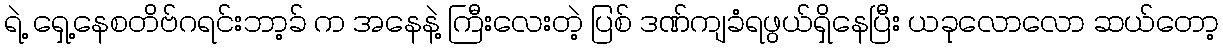
ရဲ့ ရှေ့နေစတိဗ်ဂရင်းဘာ့ခ် က အနေနဲ့ ကြီးလေးတဲ့ ပြစ် ဒဏ်ကျခံရဖွယ်ရှိနေပြီး ယခုလောလော ဆယ်တော့